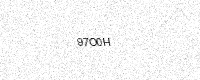
Text: 97O0H